Tezpur Lunatic Asylum reports 1895-1904 - 1895-1904
Year: 1895
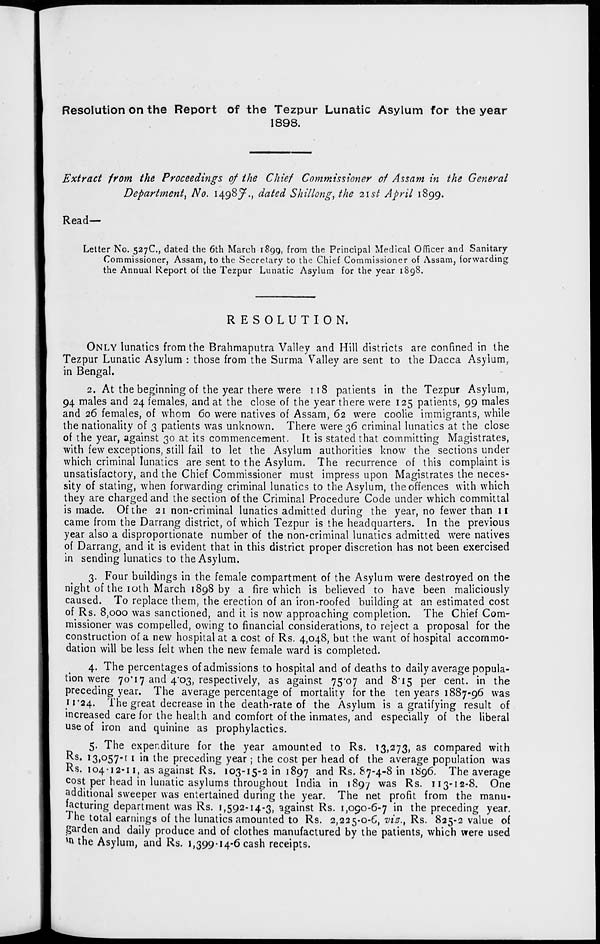
Resolution on the Report of the Tezpur Lunatic Asylum for the year
1898.
Extract from the Proceedings of the Chief Commissioner of Assam in the General
Department, No. 1498^., dated Shillong, the 21st April 1899.
Read-
Letter No. 527C, dated the 6th March 1899, from the Principal Medical Officer and Sanitary
Commissioner, Assam, to the Secretary to the Chief Commissioner of Assam, forwarding
the Annual Report of the Tezpur Lunatic Asylum for the year 1898.
RESOLUTION.
ONLY lunatics from the Brahmaputra Valley and Hill districts are confined in the
Tezpur Lunatic Asylum : those from the Surma Valley are sent to the Dacca Asylum,
in Bengal.
2. At the beginning of the year there were 118 patients in the Tezpur Asylum,
94 males and 24 females, and at the close of the year there were 125 patients, 99 males
and 26 females, of whom 60 were natives of Assam, 62 were coolie immigrants, while
the nationality of 3 patients was unknown. There were 36 criminal lunatics at the close
of the year, against 30 at its commencement. It is stated that committing Magistrates,
with few exceptions, still fail to let the Asylum authorities know the sections under
which criminal lunatics are sent to the Asylum. The recurrence of this complaint is
unsatisfactory, and the Chief Commissioner must impress upon Magistrates the neces-
sity of stating, when forwarding criminal lunatics to the Asylum, the offences with which
they are charged and the section of the Criminal Procedure Code under which committal
is made. Of the 21 non-criminal lunatics admitted during the year, no fewer than 11
came from the Darrang district, of which Tezpur is the headquarters. In the previous
year also a disproportionate number of the non-criminal lunatics admitted were natives
of Darrang, and it is evident that in this district proper discretion has not been exercised
in sending lunatics to the Asylum.
3. Four buildings in the female compartment of the Asylum were destroyed on the
night of the 10th March 1898 by a fire which is believed to have been maliciously
caused. To replace them, the erection of an iron-roofed building at an estimated cost
of Rs. 8,ooo was sanctioned, and it is now approaching completion. The Chief Com-
missioner was compelled, owing to financial considerations, to reject a proposal for the
construction of a new hospital at a cost of Rs. 4,048, but the want of hospital accommo-
dation will be less felt when the new female ward is completed.
4. The percentages of admissions to hospital and of deaths to daily average popula-
tion were 70*17 and 4*03, respectively, as against 75*07 and 815 per cent, in the
preceding year. The average percentage of mortality for the ten years 1887-96 was
11 "24. The great decrease in the death-rate of the Asylum is a gratifying result of
increased care for the health and comfort of the inmates, and especially of the liberal
use of iron and quinine as prophylactics.
5. The expenditure for the year amounted to Rs. 13,273, as compared with
R s « I 3>°S7'* l m the preceding year ; the cost per head of the average population was
Rs. 104-12-11, as against Rs. 103-15-2 in 1897 and Rs. 87-4-8 in 1896. The average
cost per head in lunatic asylums throughout India in 1897 was Rs. 113-12-8. One
additional sweeper was entertained during the year. The net profit from the manu-
facturing department was Rs. 1,592-14-3, against Rs. 1,090-6-7 in the preceding year.
The total earnings of the lunatics amounted to Rs. 2,225-0-6, viz. } Rs. 825-2 value of
garden and daily produce and of clothes manufactured by the patients, which were used
l n the Asylum, and Rs. 1,399-14-6 cash receipts.